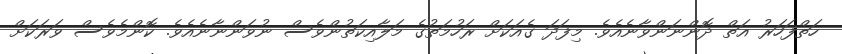
ހަތްފަހަރު އަތް ދޮންނަންވާނެއެވެ. މިފަދަ ގެއަކަށް ރަހުމަތުގެ މަލާއިކަތުންވެސް ނުވަންނާނެއެވެ. ކޮންމެވެސް ވަރަކަށް